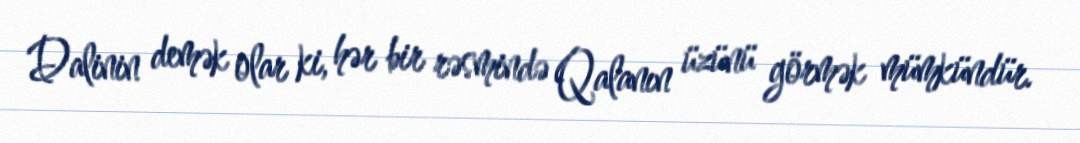
Dalinin demək olar ki, hər bir rəsmində Qalanın üzünü görmək mümkündür.